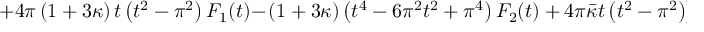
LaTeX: + 4 \pi \left( 1 + 3 \kappa \right) t \left( t ^ { 2 } - \pi ^ { 2 } \right) F _ { 1 } ( t ) - \left. \left( 1 + 3 \kappa \right) \left( t ^ { 4 } - 6 \pi ^ { 2 } t ^ { 2 } + \pi ^ { 4 } \right) F _ { 2 } ( t ) + 4 \pi \bar { \kappa } t \left( t ^ { 2 } - \pi ^ { 2 } \right) \right] .